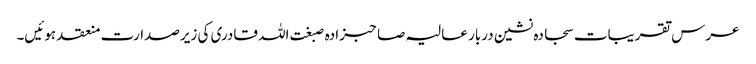
عرس تقریبات سجادہ نشین دربار عالیہ صاحبزادہ صبغت اللہ قادری کی زیرصدارت منعقد ہوئیں۔